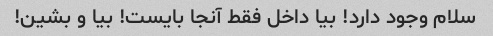
سلام وجود دارد! بیا داخل فقط آنجا بایست! بیا و بشین!